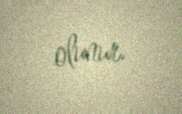
olunur.